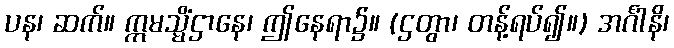
ပန၊ ဆက်။ ဣမသ္မိံဌာနေ၊ ဤနေရာ၌။ (ဌတွာ၊ တန့်ရပ်၍။) အင်္ဂါနိ၊